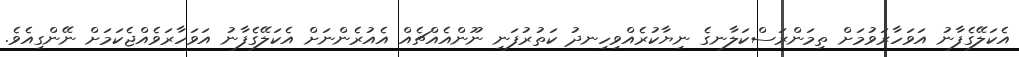
އެކަލޭގެފާނު އަވަހާރަވުމަށް ތިމަންރަސްކަލާނގެ ނިޔާކުރެއްވިހިނދު ކަތުރުފަނި ނޫންއެއްޗެއް އެއުރެންނަށް އެކަލޭގެފާނު އަވަހާރަވެއްޖެކަމަށް ނޭންގިއެވެ.